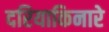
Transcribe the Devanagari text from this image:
दरियाकिनारे